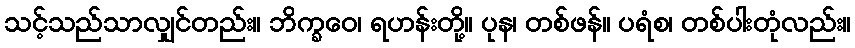
သင့်သည်သာလျှင်တည်း။ ဘိက္ခဝေ၊ ရဟန်းတို့။ ပုန၊ တစ်ဖန်။ ပရံစ၊ တစ်ပါးတုံလည်း။